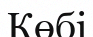
Көбі